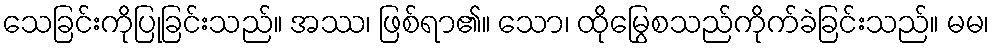
သေခြင်းကိုပြုခြင်းသည်။ အဿ၊ ဖြစ်ရာ၏။ သော၊ ထိုမြွေစသည်ကိုက်ခဲခြင်းသည်။ မမ၊